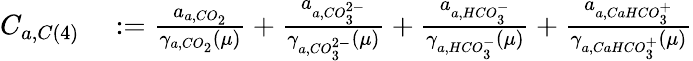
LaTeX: \begin{array}{rl}{C_{a,C\left(4\right)}}&{{}:=\frac{a_{a,CO_{2}}}{\gamma_{a,CO_{2}}\left(\mu\right)}+\frac{a_{a,CO_{3}^{2-}}}{\gamma_{a,CO_{3}^{2-}}\left(\mu\right)}+\frac{a_{a,HCO_{3}^{-}}}{\gamma_{a,HCO_{3}^{-}}\left(\mu\right)}+\frac{a_{a,CaHCO_{3}^{+}}}{\gamma_{a,CaHCO_{3}^{+}}\left(\mu\right)}}\end{array}